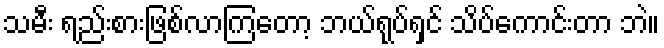
သမီး ရည်းစားဖြစ်လာကြတော့ ဘယ်ရုပ်ရှင် သိပ်ကောင်းတာ ဘဲ။